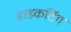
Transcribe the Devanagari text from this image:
ब्राडकटिंग